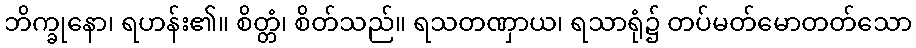
ဘိက္ခုနော၊ ရဟန်း၏။ စိတ္တံ၊ စိတ်သည်။ ရသတဏှာယ၊ ရသာရုံ၌ တပ်မတ်မောတတ်သော